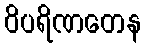
ဝိပရိဏတေန